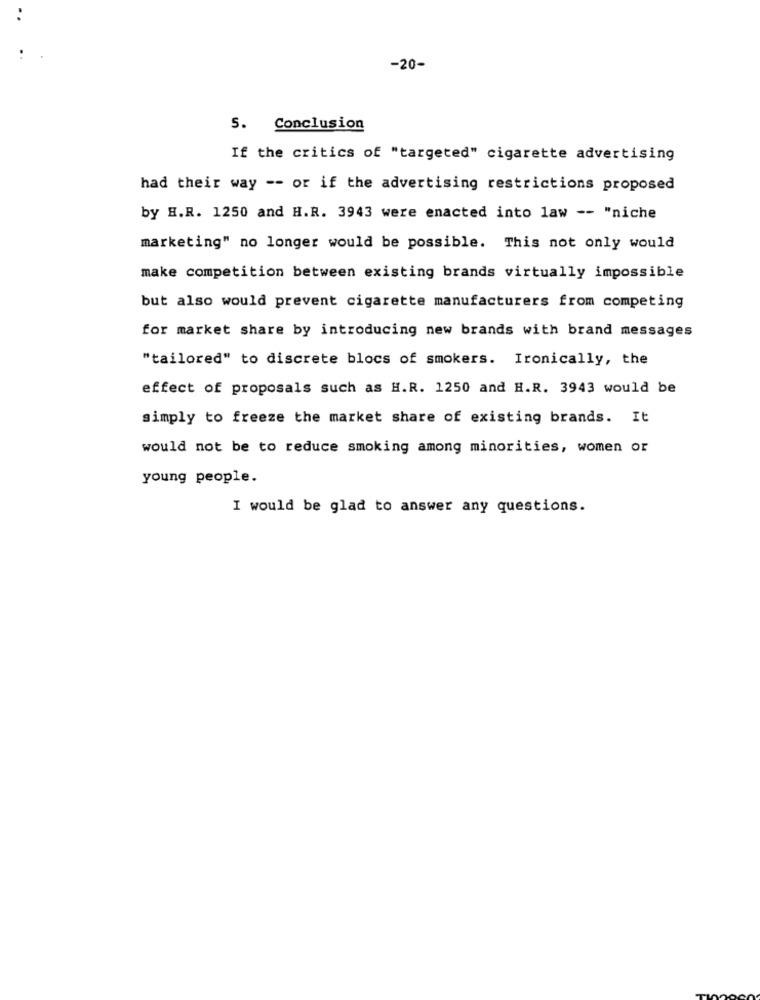
-20-
S. Conclusion
If the critics of "targeted" cigarette advertising
had their way -- or if the advertising restrictions proposed
by H.R. 1250 and H.R. 3943 were enacted into law -- "niche
marketing" no longer would be possible. This not only would
make competition between existing brands virtually impossible
but also would prevent cigarette manufacturers from competing
for market share by introducing new brands with brand messages
"tailored" to discrete blocs of smokers. Ironically, the
effect of proposals such as H.R. 1250 and H.R. 3943 would be
simply to freeze the market share of existing brands. It
would not be to reduce smoking among minorities, women or
young people.
I would be glad to answer any questions.